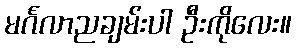
မင်္ဂလာညချမ်းပါ ဦးကိုလေး။